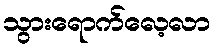
သွားရောက်လေ့လာ